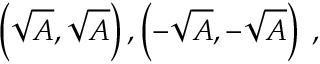
\left( { \sqrt { A } } , { \sqrt { A } } \right) , \left( - { \sqrt { A } } , - { \sqrt { A } } \right) \; ,